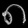
Digit: ၈